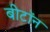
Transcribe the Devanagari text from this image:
बीटॉन